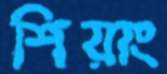
শিয়াং